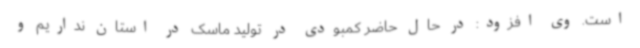
است. وی افزود: در حال حاضر کمبودی در تولید ماسک در استان نداریم و